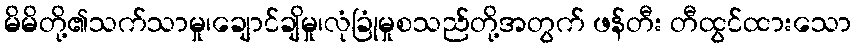
မိမိတို့၏သက်သာမှု၊ချောင်ချိမှု၊လုံခြုံမှုစသည်တို့အတွက် ဖန်တီး တီထွင်ထားသော